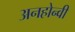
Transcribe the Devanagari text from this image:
अनहोन्‍वी